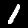
Label: 1